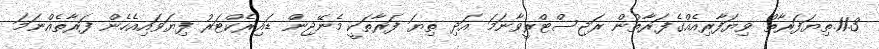
11.3.ތިޔަފަރާތް ވިޔަފާރިއެއްގެފަރާތުން ރަޖިސްޓްރީވާނަމަ އަދި ތިޔަ ފަރާތަކީ މެނޭޖިން ޑައިރެކްޓަރު ފިޔަވައިއެހެން ފަރާތެއްނަމަ